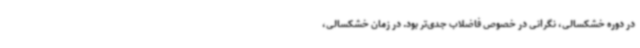
در دوره خشکسالی، نگرانی در خصوص فاضلاب جدی‌تر بود. در زمان خشکسالی،